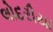
લોદરીયા